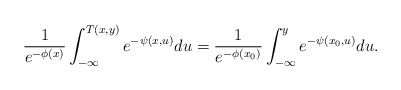
\begin{align*} \frac{1}{e^{-\phi(x)}}\int_{-\infty}^{T(x,y)} e^{-\psi(x,u)} du = \frac{1}{e^{-\phi(x_0)}} \int_{-\infty}^y e^{-\psi(x_0,u)} du.\end{align*}